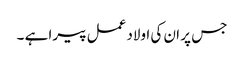
جس پر ان کی اولاد عمل پیرا ہے ۔